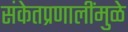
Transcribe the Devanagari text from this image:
संकेतप्रणालींमुळे